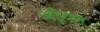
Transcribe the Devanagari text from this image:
अड्रेयन